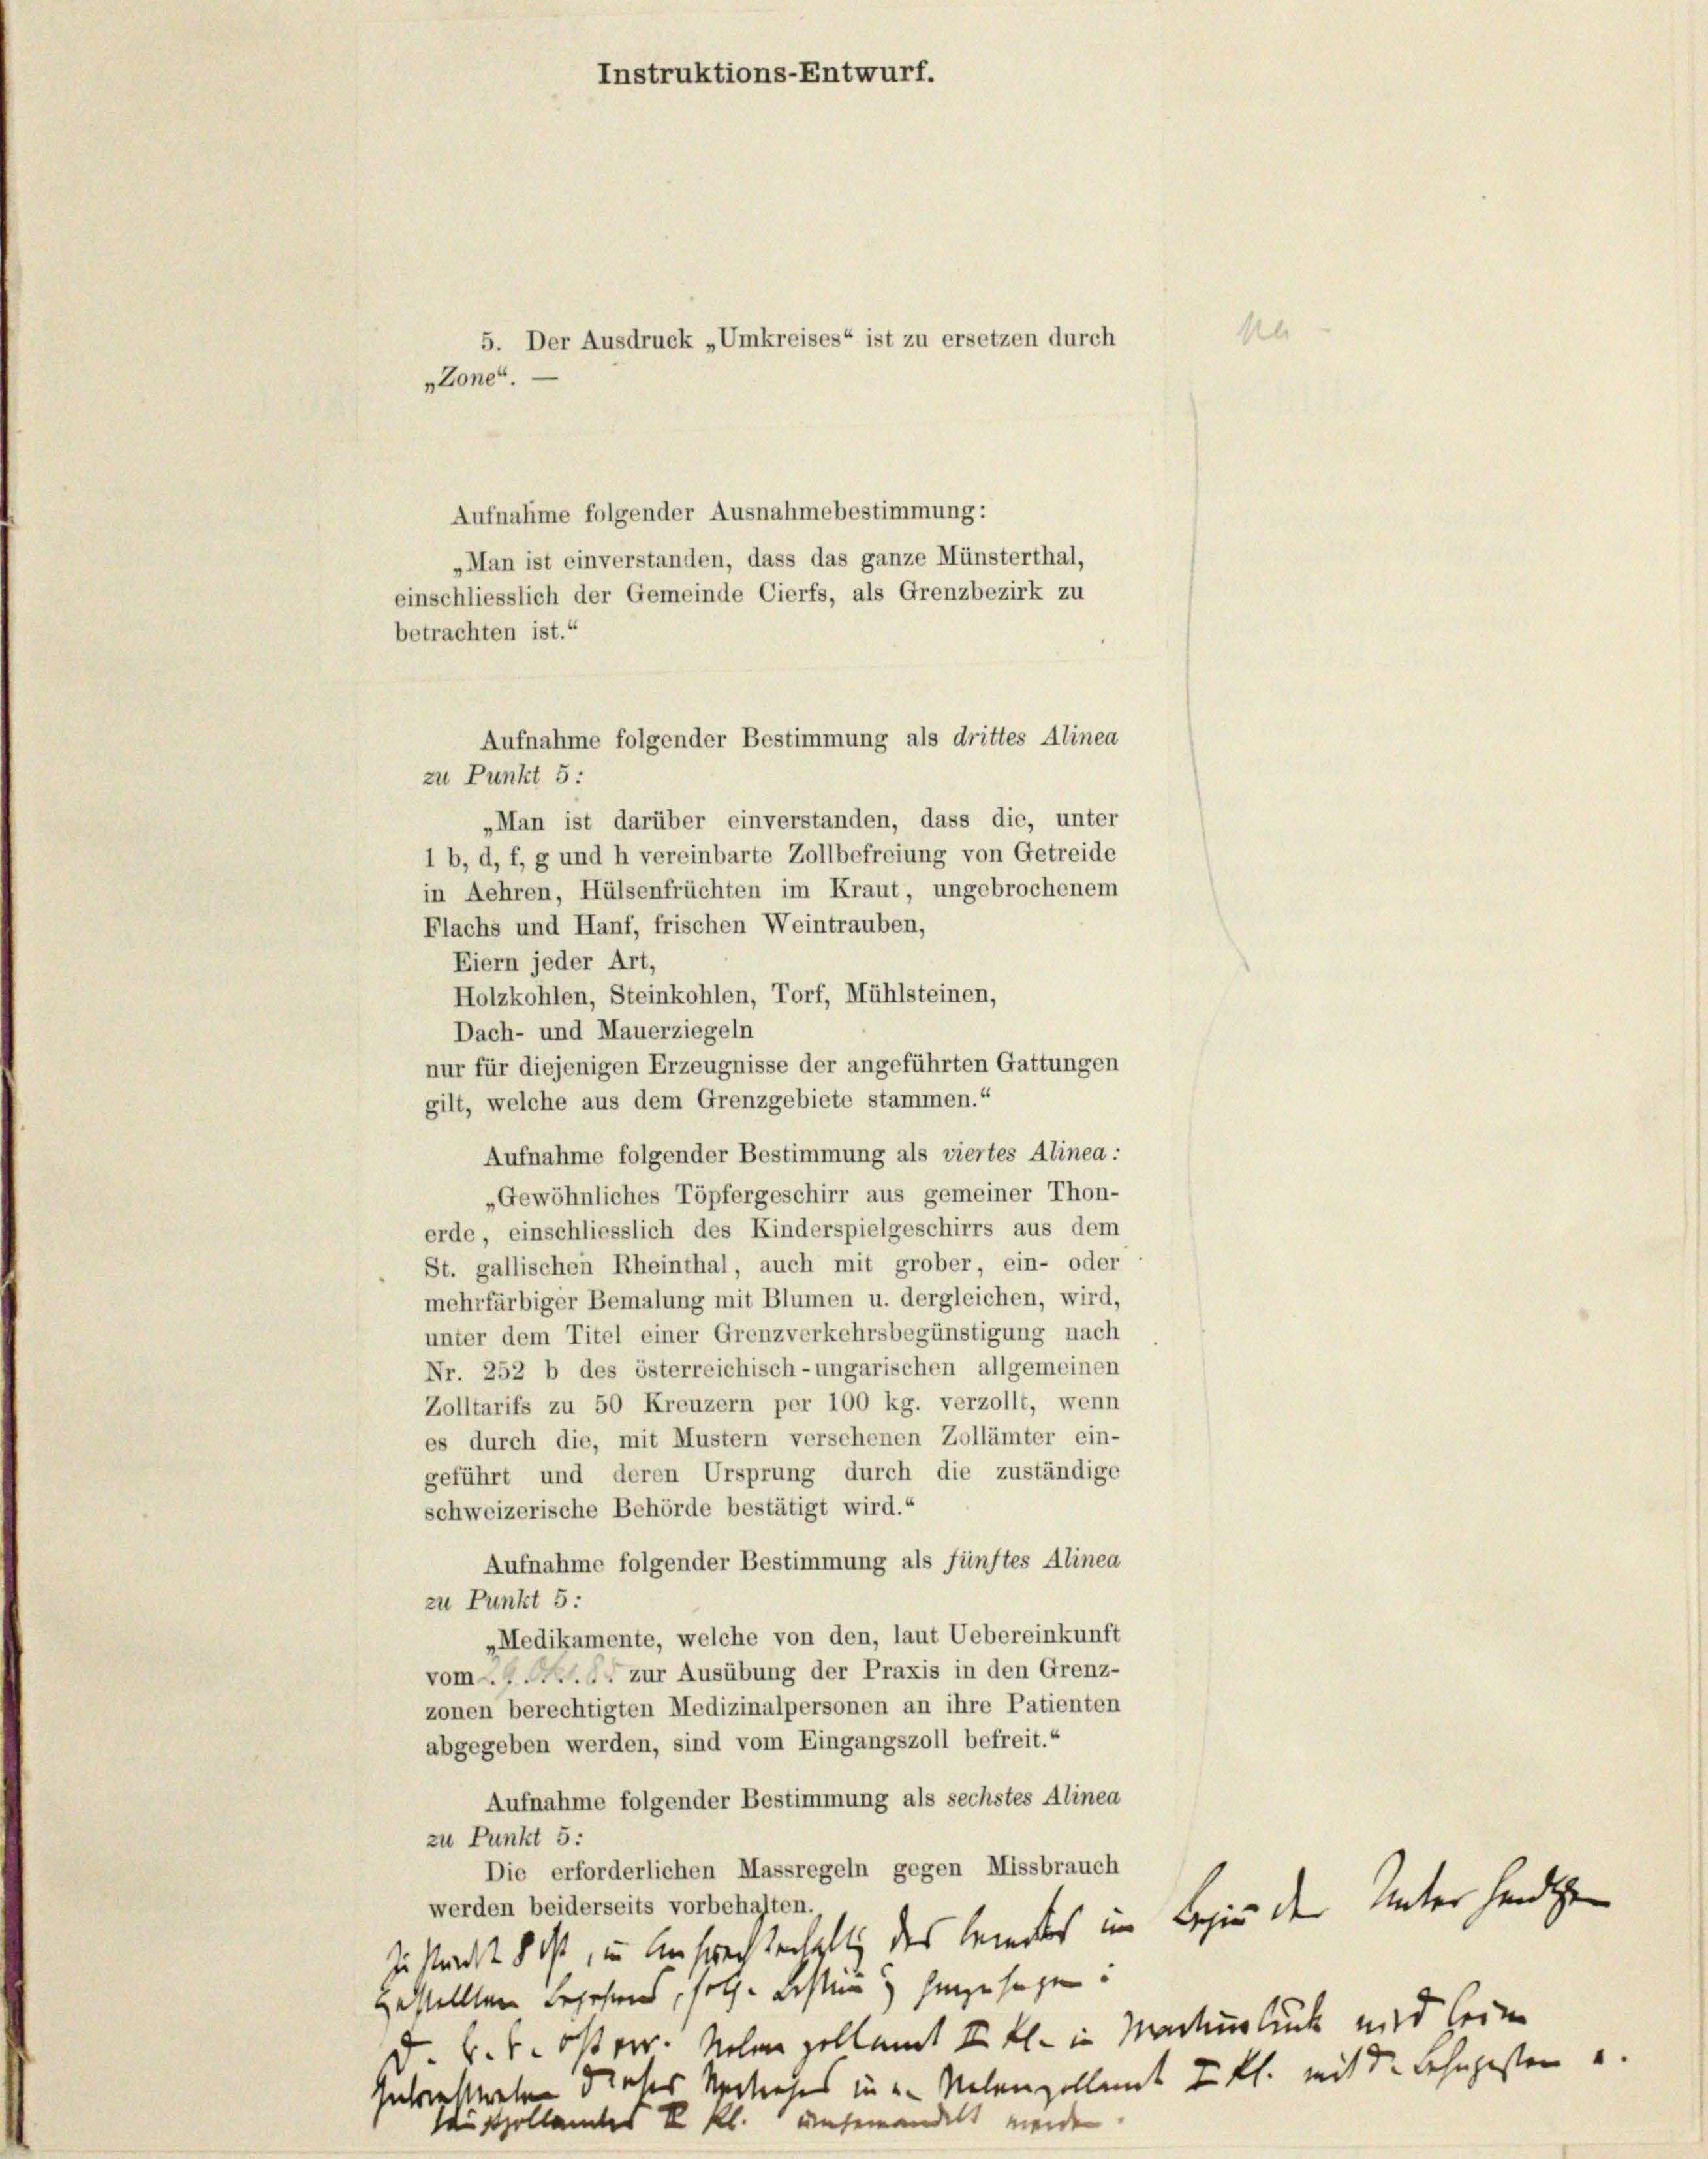
Instruktions-Entwurf.
5. Der Ausdruck „Umkreises“ ist zu ersetzen durch
„Zone.

in Lehren, Hülsenfrüchten im Kraut, ungebrochenem
Flachs und Hanf, frischen Weintrauben,
Eiern jeder Art,
Dach- und Mauerziegeln
nur für diejenigen Erzeugnisse der angeführten Gattungen
gilt, welche aus dem Grenzgebiete stammen.“
Aufnahme folgender Bestimmung als viertes Alinea:
„Gewöhnliches Töpfergeschirr aus gemeiner Thon-
erde, einschliesslich des Kinderspielgeschirrs aus dem
St. gallischen Rheinthal, auch mit grober, ein- oder
mehrfärbiger Bemalung mit Blumen u. dergleichen, wird,
unter dem Titel einer Grenzverkehrsbegünstigung nach
Nr. 252 b des österreichisch-ungarischen allgemeinen
Zolltarifs zu 50 Kreuzern per 100 kg. verzollt, wenn
es durch die, mit Mustern versehenen Zollämter ein-
geführt und deren Ursprung durch die zuständige
schweizerische Behörde bestätigt wird.“
Aufnahme folgender Bestimmung als fünftes Alinea
zu Punkt 5:
„Medikamente, welche von den, laut Uebereinkunft
vom J. zur Ausübung der Praxis in den Grenz-
zonen berechtigten Medizinalpersonen an ihre Patienten
abgegeben werden, sind vom Eingangszoll befreit.“
Aufnahme folgender Bestimmung als sechstes Alinea
zu Punkt 5:
Die erforderlichen Massregeln gegen Missbrauch
werden beiderseits vorbehalten.
Zustandt 8 ist, in Ansprachtenhaltig des Kindes im Beginn den Unterhanden
gestellten begehens, solche Besten hinzusagen:
d. k. k. Oster. Neben gellant II Kl. in Nachtunglück und sein
Getriestreten dieses Nachales in u. Nebenzollant Ill. mit der Lehngesten u.
sholt
gewandelt
.
des
n

Aufnahme folgender Ausnahmebestimmung:
„Man ist einverstanden, dass das ganze Münsterthal,
einschliesslich der Gemeinde Cierfs, als Grenzbezirk zu
betrachten ist.“
Aufnahme folgender Bestimmung als drittes Alinea
zu Punkt 5:
„Man ist darüber einverstanden, dass die, unter
1 b, d, f, g und h vereinbarte Zollbefreiung von Getreide

Holzkohlen, Steinkohlen, Torf, Mühlsteinen,